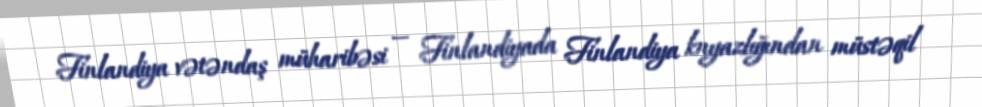
Finlandiya vətəndaş müharibəsi — Finlandiyada Finlandiya knyazlığından müstəqil